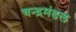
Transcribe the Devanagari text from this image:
चन्द्रमंडल